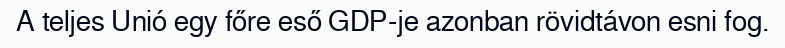
A teljes Unió egy főre eső GDP-je azonban rövidtávon esni fog.